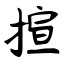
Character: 揎